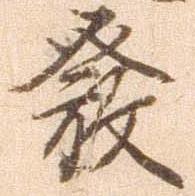
発